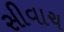
સીવાચ